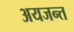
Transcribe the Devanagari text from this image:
अयजन्त